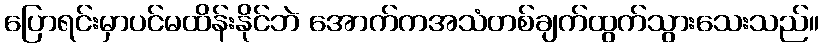
ပြောရင်းမှာပင်မထိန်းနိုင်ဘဲ အောက်ကအသံတစ်ချက်ထွက်သွားသေးသည်။